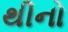
થીનો